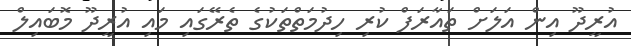
އުރީދޫ އިން އަލަށް ތައާރަފް ކުރި ހިދުމަތްތަކުގެ ތެރޭގައި މައި އުރީދޫ މޮބައިލް